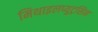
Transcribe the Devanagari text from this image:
मिथाइलप्युट्रसिन